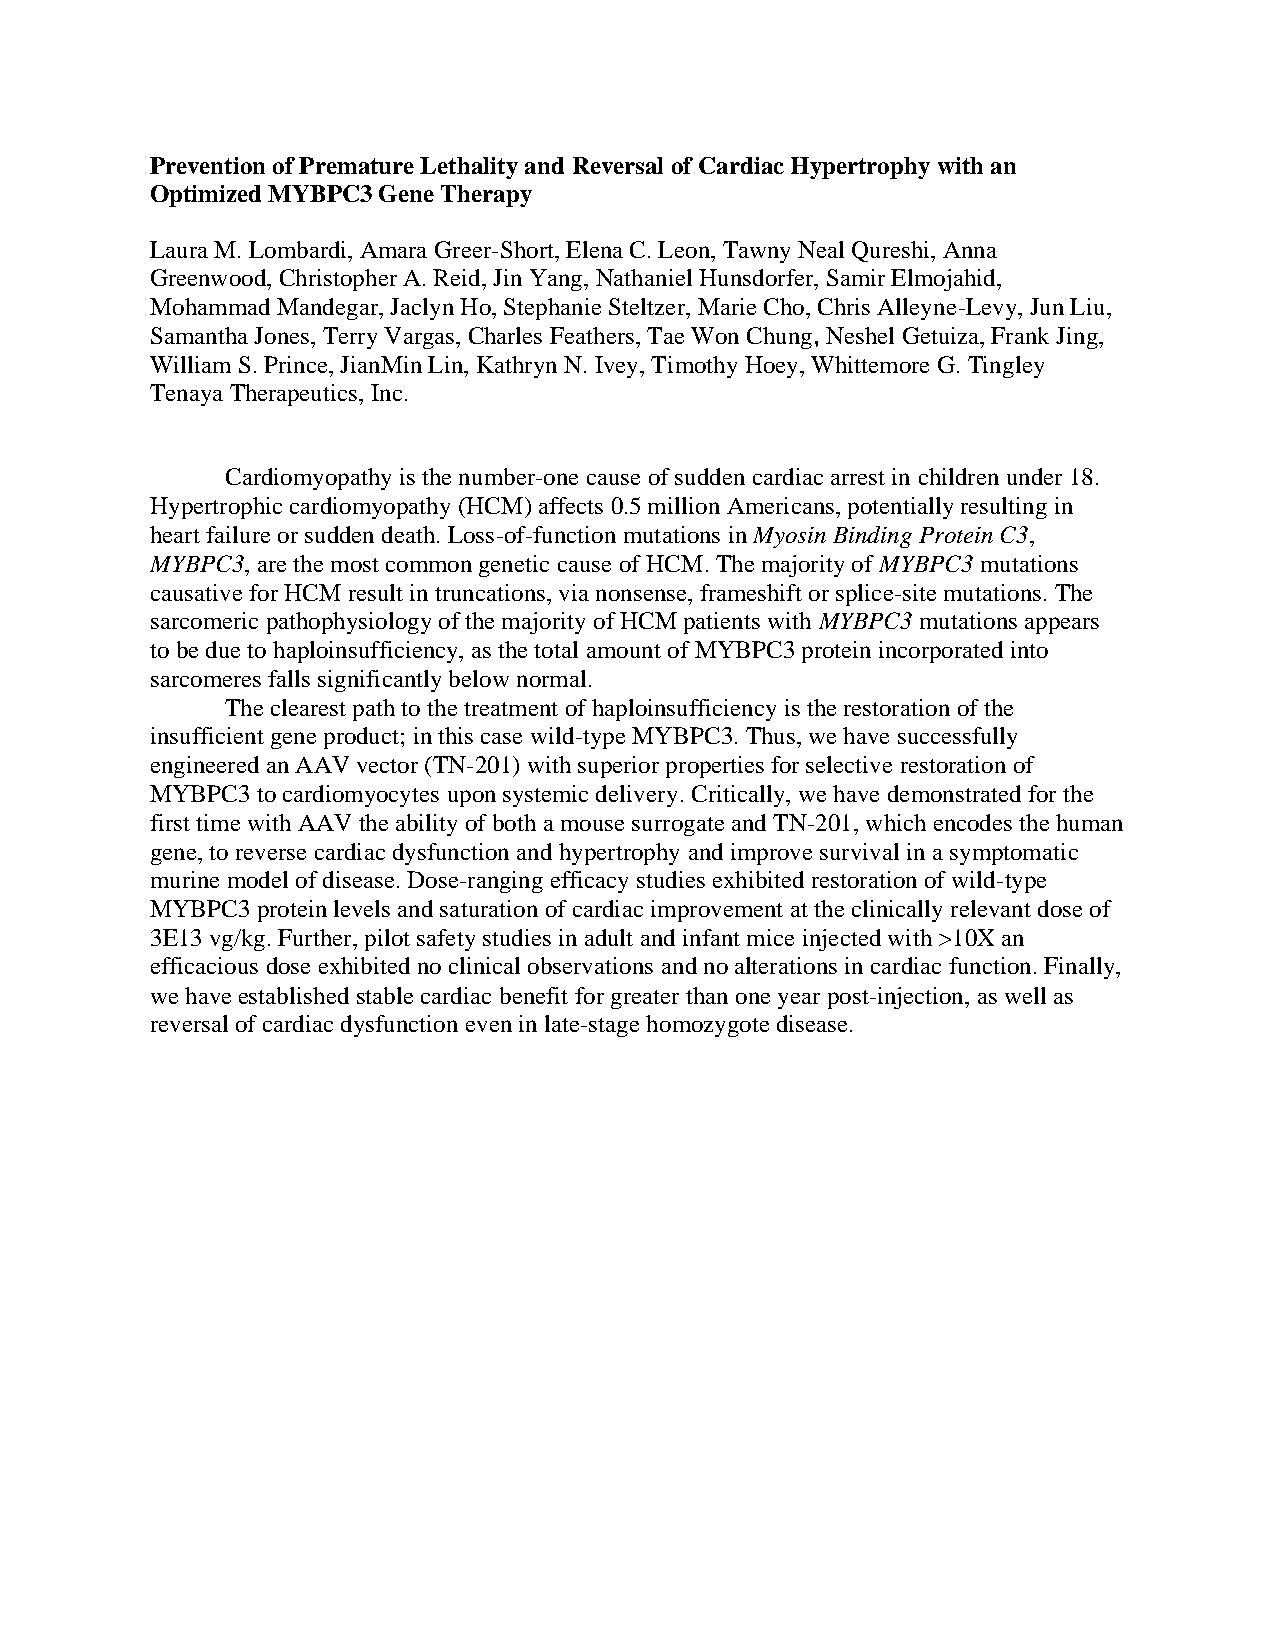
Prevention of Premature Lethality and Reversal of Cardiac Hypertrophy with an
 Optimized MYBPC3 Gene Therapy
 Laura M. Lombardi, Amara Greer-Short, Elena C. Leon, Tawny Neal Qureshi, Anna
 Greenwood, Christopher A. Reid, Jin Yang, Nathaniel Hunsdorfer, Samir Elmojahid,
 Mohammad Mandegar, Jaclyn Ho, Stephanie Steltzer, Marie Cho, Chris Alleyne-Levy, Jun Liu,
 Samantha Jones, Terry Vargas, Charles Feathers, Tae Won Chung, Neshel Getuiza, Frank Jing,
 William S. Prince, JianMin Lin, Kathryn N. Ivey, Timothy Hoey, Whittemore G. Tingley
 Tenaya Therapeutics, Inc.
 Cardiomyopathy is the number-one cause of sudden cardiac arrest in children under 18.
 Hypertrophic cardiomyopathy (HCM) affects 0.5 million Americans, potentially resulting in
 heart failure or sudden death. Loss-of-function mutations in Myosin Binding Protein C3,
 MYBPC3, are the most common genetic cause of HCM. The majority of MYBPC3 mutations
 causative for HCM result in truncations, via nonsense, frameshift or splice-site mutations. The
 sarcomeric pathophysiology of the majority of HCM patients with MYBPC3 mutations appears
 to be due to haploinsufficiency, as the total amount of MYBPC3 protein incorporated into
 sarcomeres falls significantly below normal.
 The clearest path to the treatment of haploinsufficiency is the restoration of the
 insufficient gene product; in this case wild-type MYBPC3. Thus, we have successfully
 engineered an AAV vector (TN-201) with superior properties for selective restoration of
 MYBPC3 to cardiomyocytes upon systemic delivery. Critically, we have demonstrated for the
 first time with AAV the ability of both a mouse surrogate and TN-201, which encodes the human
 gene, to reverse cardiac dysfunction and hypertrophy and improve survival in a symptomatic
 murine model of disease. Dose-ranging efficacy studies exhibited restoration of wild-type
 MYBPC3 protein levels and saturation of cardiac improvement at the clinically relevant dose of
 3E13 vg/kg. Further, pilot safety studies in adult and infant mice injected with >10X an
 efficacious dose exhibited no clinical observations and no alterations in cardiac function. Finally,
 we have established stable cardiac benefit for greater than one year post-injection, as well as
 reversal of cardiac dysfunction even in late-stage homozygote disease.